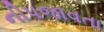
નીપજાવતા